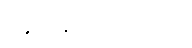
ဆောင်ရွက်ကြရာတွင်